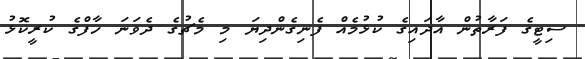
ސިޓީގެ ފަރާތުން އާދައިގެ ކުޅުމެއް ފެނިގެންދިޔަ މި މެޗުގެ ދެވަނަ ހާފްގެ ކުރީކޮޅު